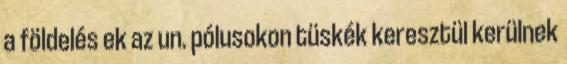
a földelés ek az un. pólusokon tüskék keresztül kerülnek